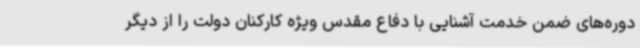
دوره‌های ضمن خدمت آشنایی با دفاع مقدس ویژه کارکنان دولت را از دیگر